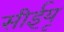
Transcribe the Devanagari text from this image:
सीईयू